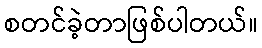
စတင်ခဲ့တာဖြစ်ပါတယ်။